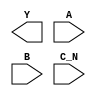
module sky130_fd_sc_ls__nor3b (
    Y  ,
    A  ,
    B  ,
    C_N
);

    output Y  ;
    input  A  ;
    input  B  ;
    input  C_N;

    // Voltage supply signals
    supply1 VPWR;
    supply0 VGND;
    supply1 VPB ;
    supply0 VNB ;

endmodule